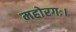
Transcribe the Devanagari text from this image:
महोरगः।